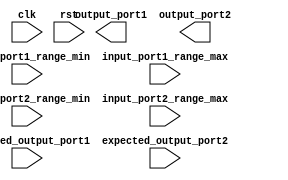
module test_case_generator (
    input clk,
    input rst,
    input [7:0] input_port1_range_min,
    input [7:0] input_port1_range_max,
    input [7:0] input_port2_range_min,
    input [7:0] input_port2_range_max,
    input [7:0] expected_output_port1,
    input [7:0] expected_output_port2,
    output reg output_port1,
    output reg output_port2
);

always @(posedge clk) begin
    if (rst) begin
        // Reset the design
        // Add code here to reset the design
    end
    else begin
        // Generate random input values
        input_port1 <= $random % (input_port1_range_max - input_port1_range_min + 1) + input_port1_range_min;
        input_port2 <= $random % (input_port2_range_max - input_port2_range_min + 1) + input_port2_range_min;
        
        // Add code here to simulate the design under test using the input values
        // Assign values to output_port1 and output_port2
        
        // Check the output values against the expected values
        if (output_port1 != expected_output_port1 || output_port2 != expected_output_port2) begin
            $display("Test case failed");
            // Add code here to handle test case failure
        end
    end
end

endmodule